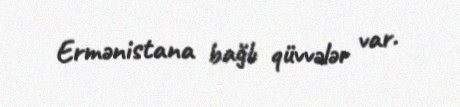
Ermənistana bağlı qüvvələr var.